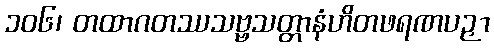
၁၀၆၊ တထာဂတဿသဗ္ဗသတ္တာနံဟိတဖရဏပဉှာ